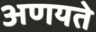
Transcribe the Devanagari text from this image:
अणयते